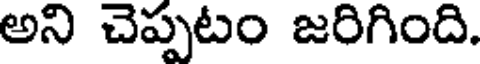
అని చెప్పటం జరిగింది.